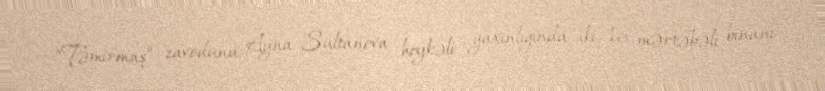
“Təmirmaş” zavodunu, Ayna Sultanova heykəli yaxınlığında iki 16 mərtəbəli binanı